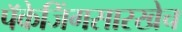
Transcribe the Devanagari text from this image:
पॅकेजिंगसारखेच